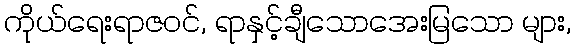
ကိုယ်ရေးရာဇဝင်, ရာနှင့်ချီသောအေးမြသော များ,